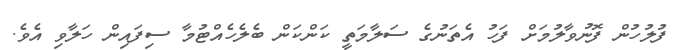
ފުލުހުން ފޮނުވާލުމަށް ފަހު އެތަނުގެ ސަލާމަތީ ކަންކަން ބެލެހެއްޓުމާ ސިފައިން ހަލާވި އެވެ.